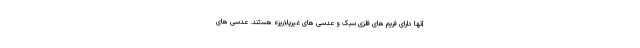
آنها دارای فریم های فلزی سبک و عدسی های غیرپلاریزه هستند. عدسی های